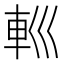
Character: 𨊩